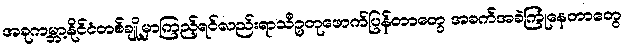
အခုကမ္ဘာ့နိုင်ငံတစ်ချို့မှာကြည့်ရင်လည်းရာသီဥတုဖောက်ပြန်တာတွေ အခက်အခဲကြုံနေတာတွေ